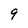
Character: 9